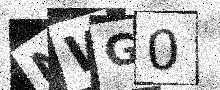
Text: NWG0